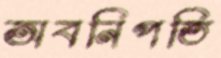
অবনিপতি